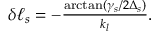
\begin{array} { r } { \delta \ell _ { s } = - \frac { \arctan ( \gamma _ { s } / 2 \Delta _ { s } ) } { k _ { l } } . } \end{array}